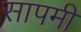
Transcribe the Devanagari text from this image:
सापमी